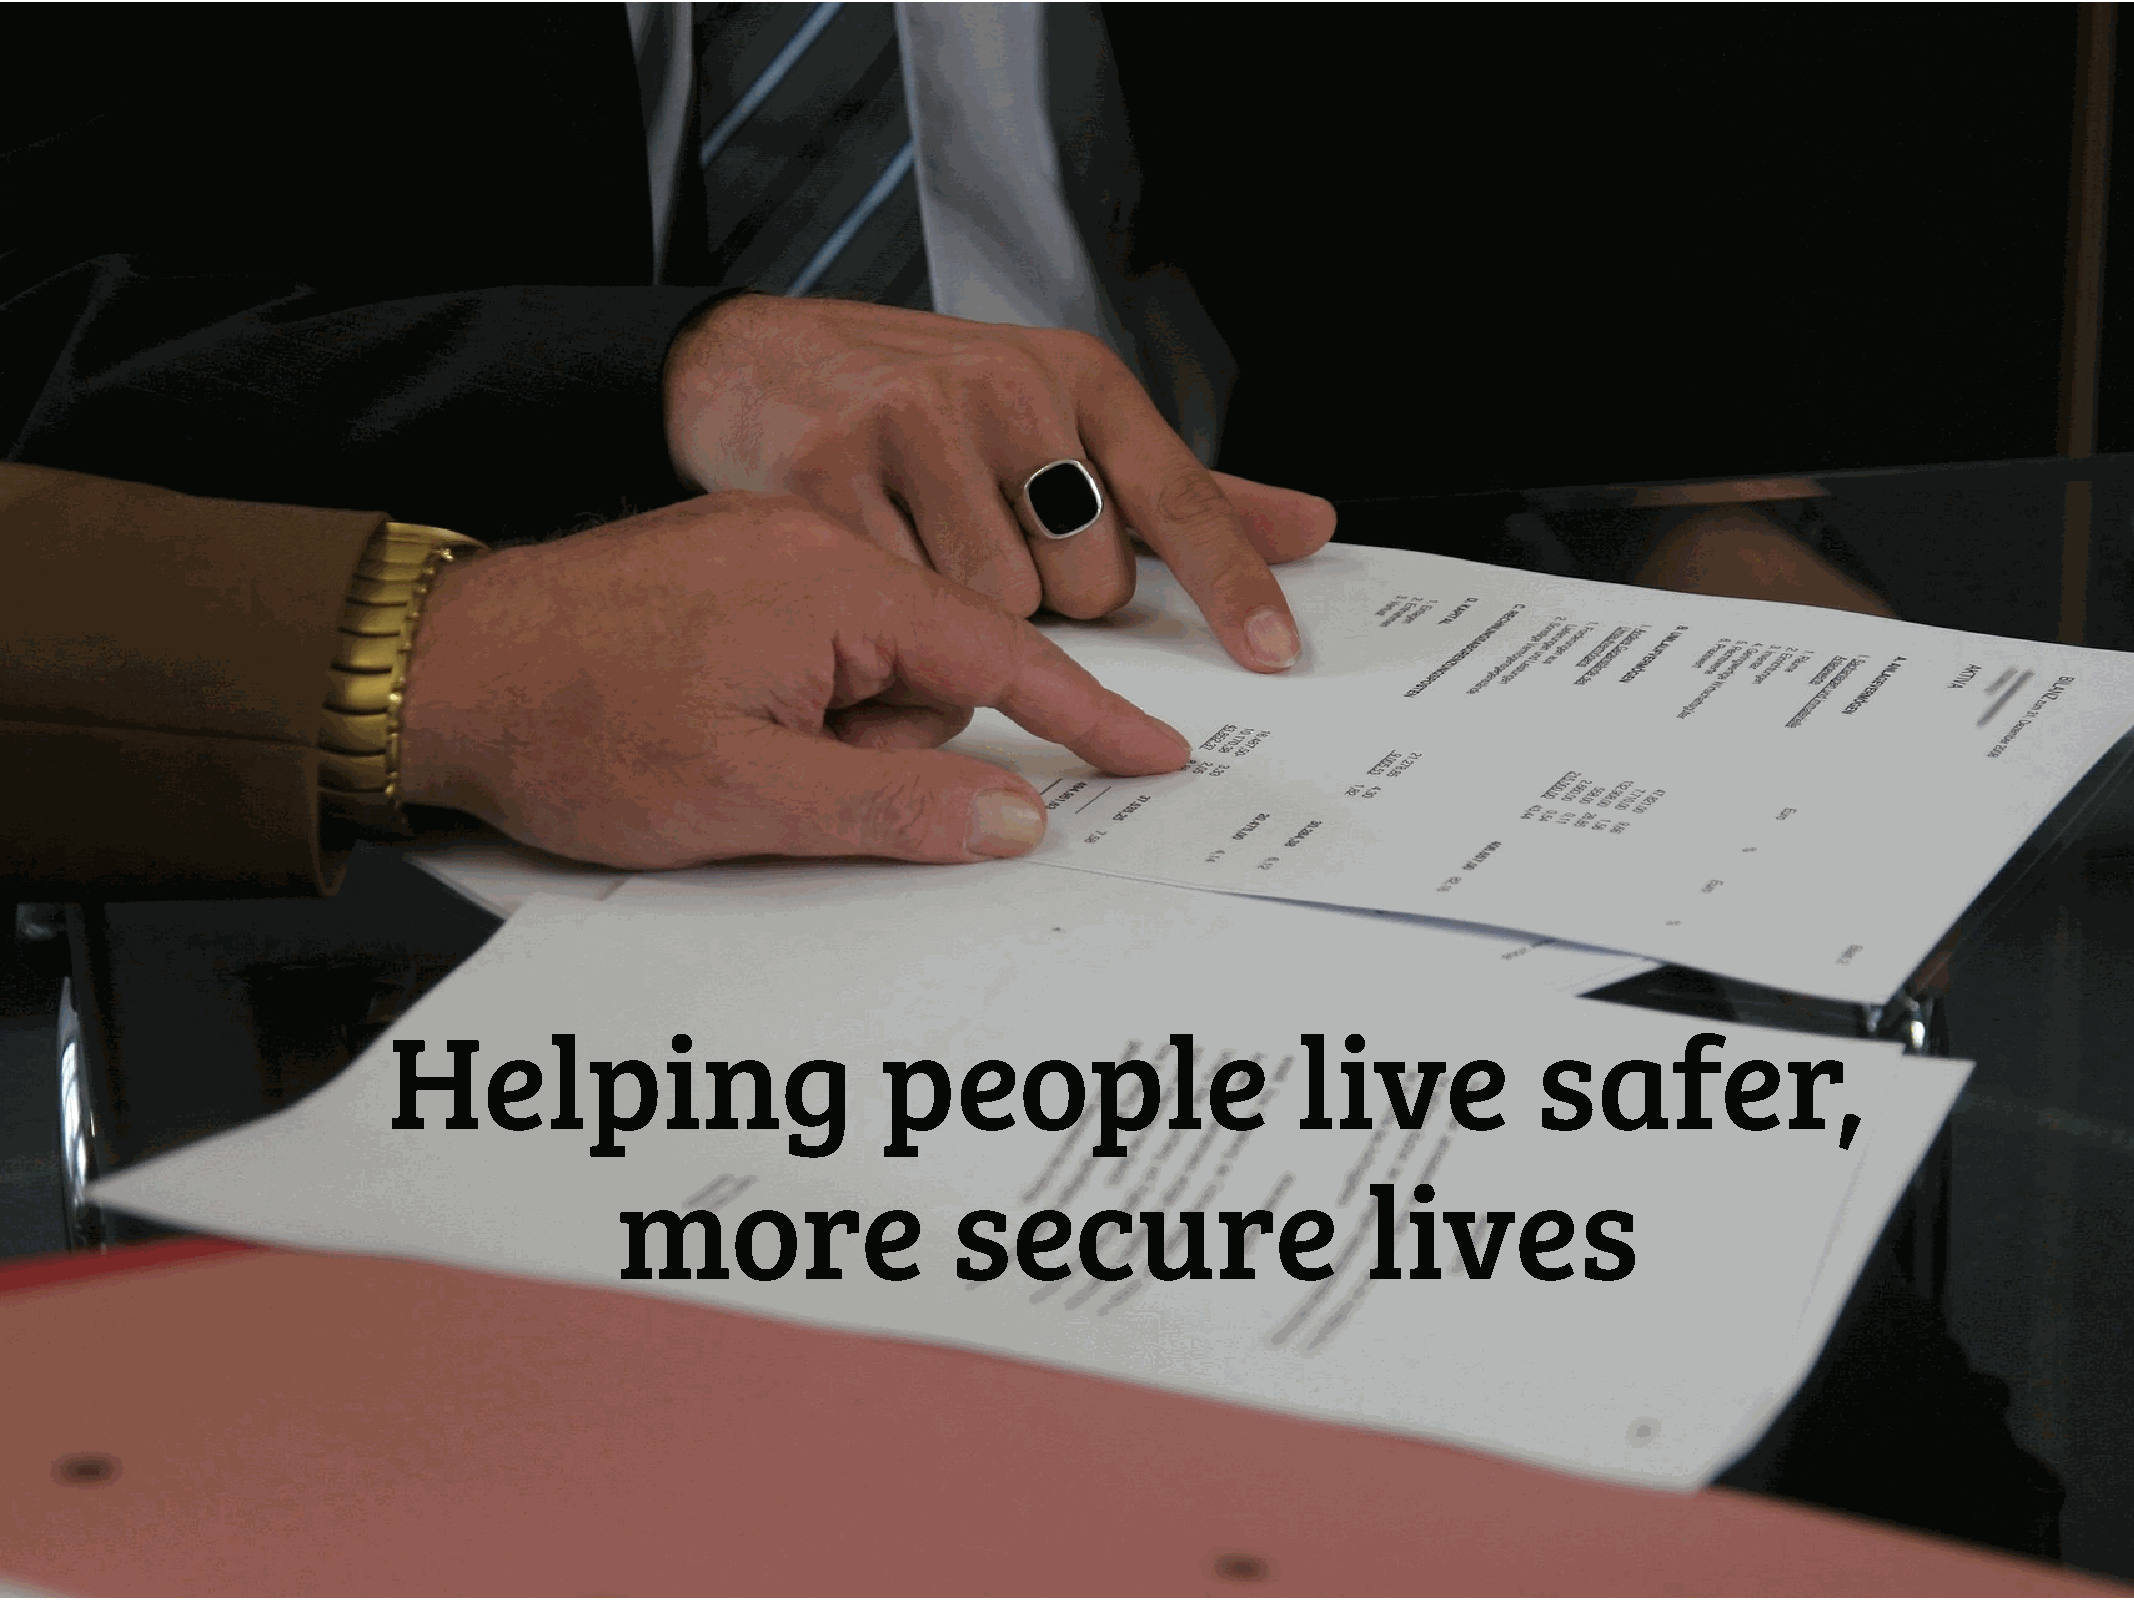
Helping                         people                      live            safer,
 more                  secure                     lives